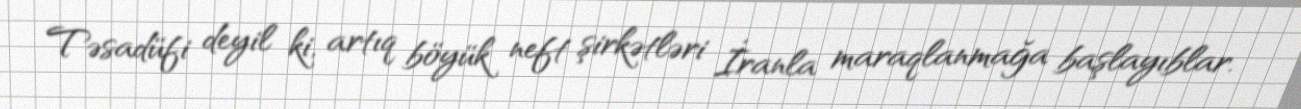
Təsadüfi deyil ki, artıq böyük neft şirkətləri İranla maraqlanmağa başlayıblar.